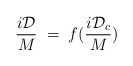
\begin{align*}\frac{i \mathcal D}{M}\;=\; f(\frac{i{\mathcal D}_c}{M})\end{align*}